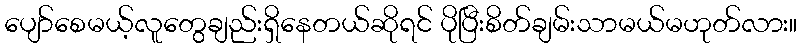
ပျော်စေမယ့်လူတွေချည်းရှိနေတယ်ဆိုရင် ပိုပြီးစိတ်ချမ်းသာမယ်မဟုတ်လား။